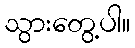
သွားတွေ့ပါ။